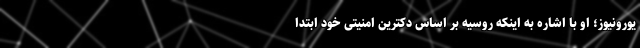
یورونیوز؛ او با اشاره به اینکه روسیه بر اساس دکترین امنیتی خود ابتدا